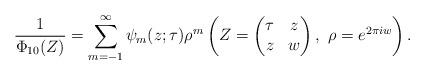
LaTeX: \begin{align*}\frac1{\Phi_{10}(Z)}=\sum_{m=-1}^\infty \psi_m(z; \tau)\rho^m\left(Z=\left(\begin{matrix} \tau&z \\ z&w\end{matrix}\right),\ \rho=e^{2\pi iw}\right).\end{align*}